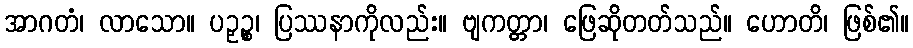
အာဂတံ၊ လာသော။ ပဉှဉ္စ၊ ပြဿနာကိုလည်း။ ဗျကတ္တာ၊ ဖြေဆိုတတ်သည်။ ဟောတိ၊ ဖြစ်၏။